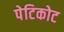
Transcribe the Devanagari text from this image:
पेटिकोट